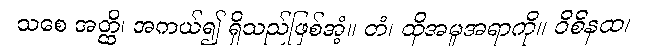
သစေ အတ္ထိ၊ အကယ်၍ ရှိသည်ဖြစ်အံ့။ တံ၊ ထိုအမူအရာကို။ ဝိစိနထ၊